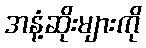
အနံ့ဆိုးများကို